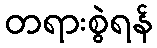
တရားစွဲရန်